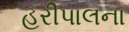
હરીપાલના